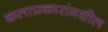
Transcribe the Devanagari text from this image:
कलाप्रकारांमधील